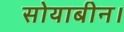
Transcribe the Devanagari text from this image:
सोयाबीन।